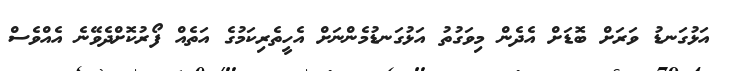
އަޅުގަނޑު ވަރަށް ބޮޑަށް އެދެން މިވަގުތު އަޅުގަނޑުމެންނަށް އެހީތެރިކަމުގެ އަތެއް ފޯރުކޮށްދެވޭނެ އެއްވެސް